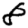
Digit: 8